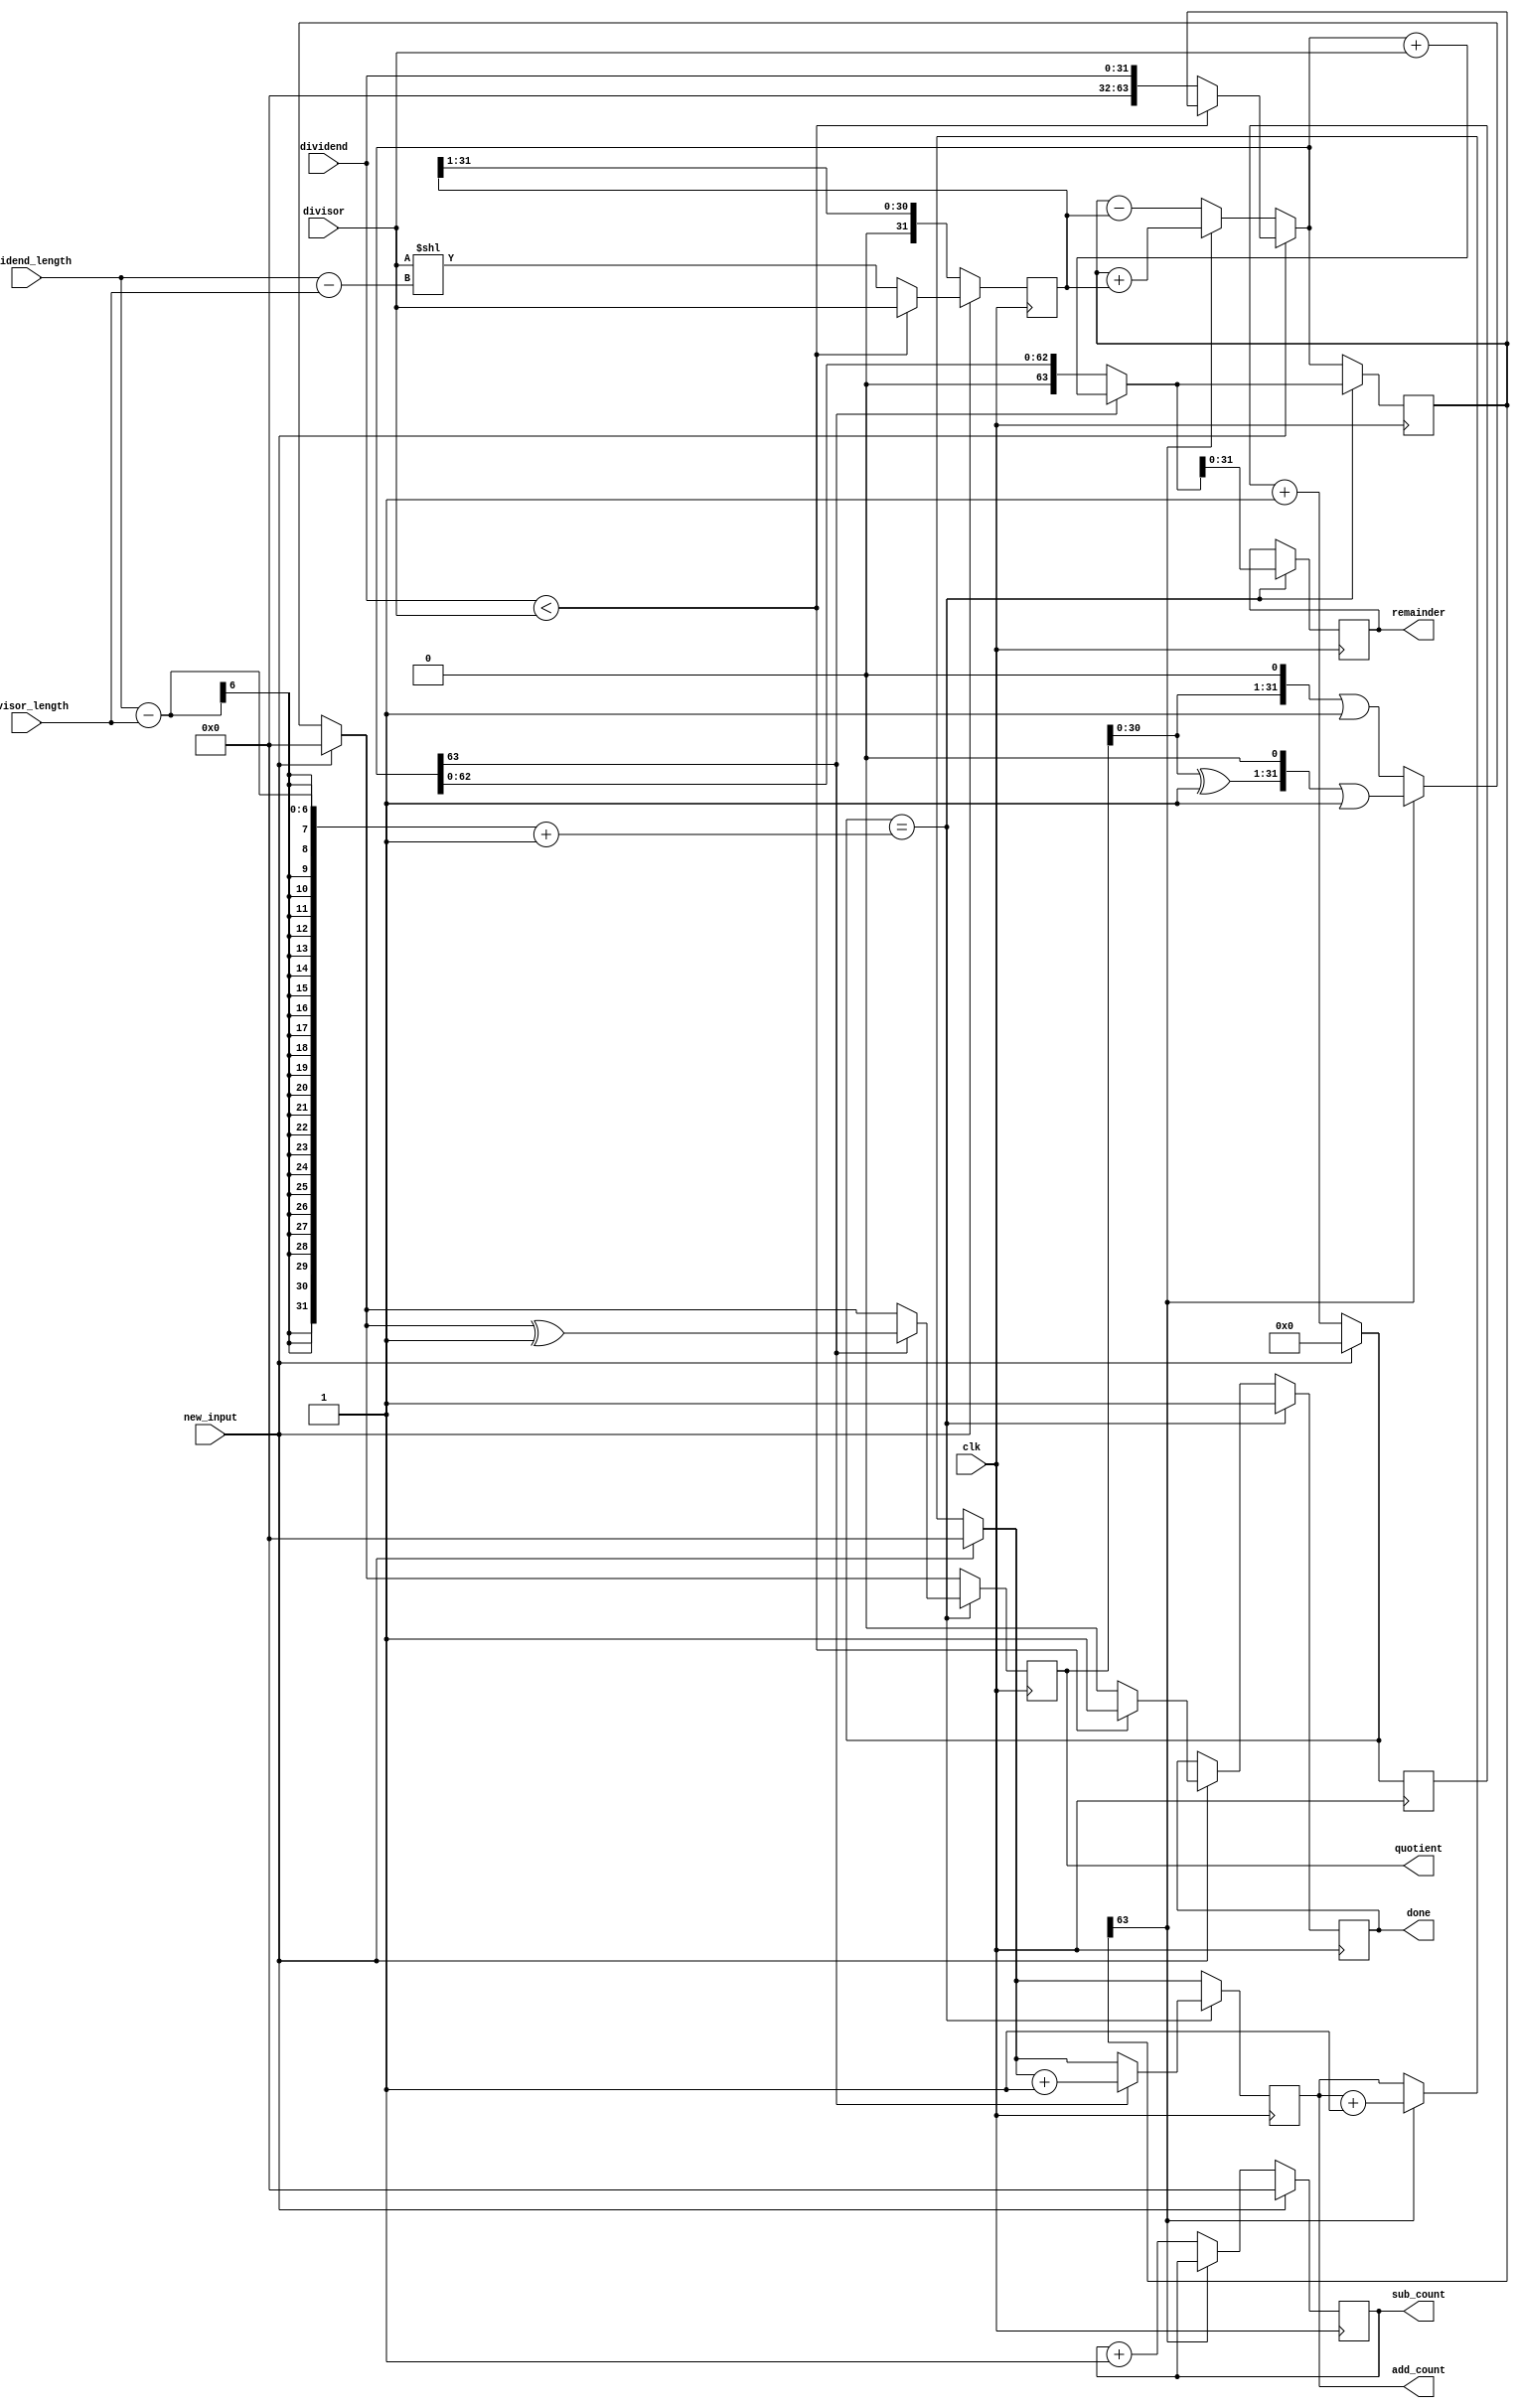
module Non_restoring_division_Algo (clk,new_input,dividend,divisor,dividend_length,divisor_length,add_count,sub_count,quotient,remainder,done);

    input clk,new_input;
    input [31:0] dividend,divisor;
    input [5:0] dividend_length,divisor_length;

    output reg [31:0] remainder,quotient,add_count,sub_count;
    output reg done;

    reg [31:0] r1;
    reg [63:0] r2;
    reg [6:0] iteration;

    always @(posedge clk) begin
        
        if (new_input == 1) begin

            done = 0;
            r1 = divisor;
            quotient = 0;
            iteration = 0;
            add_count = 0;
            sub_count = 0;

            if (dividend < divisor) begin
                remainder <= dividend;
                done <= 1;
            end
            
            else begin
                r1 <= r1 << (dividend_length - divisor_length); 
                r2 <= dividend;
            end
            
        end

        else if (r2[63] == 1) begin

            r2 = r2 + r1;
            quotient  = quotient ^ 1;
            add_count = add_count+1;
            quotient = (quotient << 1) | 1;
            r1 = r1 >> 1;
            iteration = iteration + 1;
            
        end

        else begin
            r2 = r2 - r1;
            sub_count = sub_count+1;
            quotient = (quotient << 1) | 1;
            r1 = r1 >> 1;
            iteration = iteration + 1;

        end

        if (iteration == dividend_length - divisor_length +1) begin

            if(r2[63]==1) begin
                r2 = r2 + divisor;
                add_count = add_count + 1;
                quotient = quotient ^ 1;
            end

            remainder = r2;
            done = 1;

        end

    end

    
endmodule